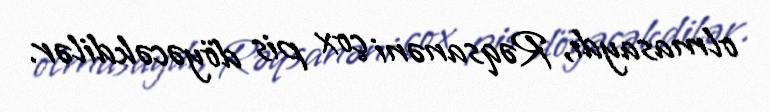
olmasaydı, Rəqsanəni çox pis döyəcəkdilər.